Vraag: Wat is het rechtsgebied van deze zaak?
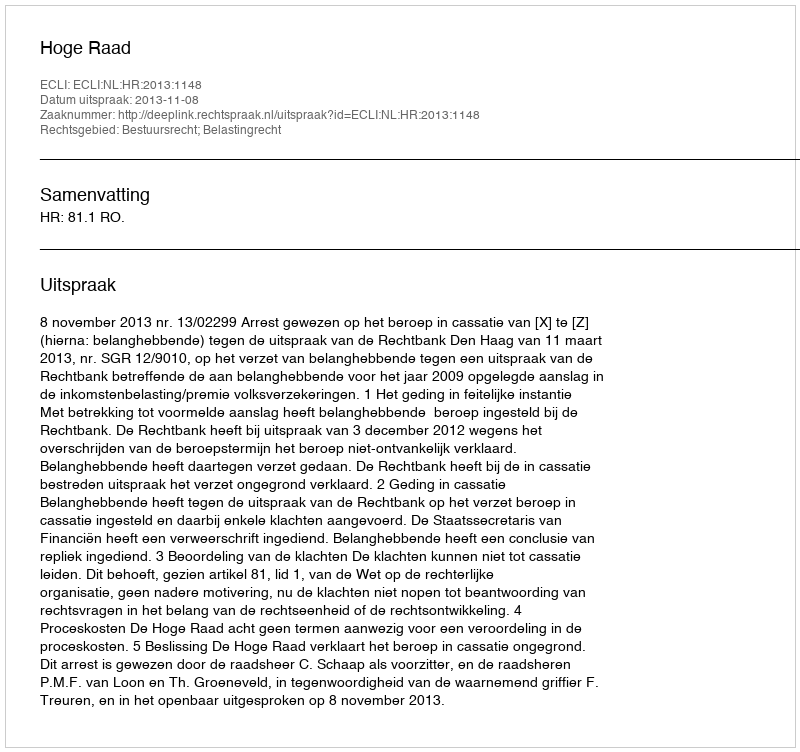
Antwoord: Bestuursrecht; Belastingrecht